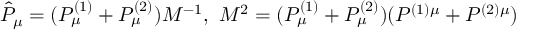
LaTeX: \hat { P } _ { \mu } = ( { P } _ { \mu } ^ { ( 1 ) } + { P } _ { \mu } ^ { ( 2 ) } ) M ^ { - 1 } , \, \, M ^ { 2 } = ( P _ { \mu } ^ { ( 1 ) } + P _ { \mu } ^ { ( 2 ) } ) ( P ^ { ( 1 ) \mu } + P ^ { ( 2 ) \mu } )